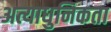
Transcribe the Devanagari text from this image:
अत्याधुनिकता